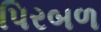
પિરબળ